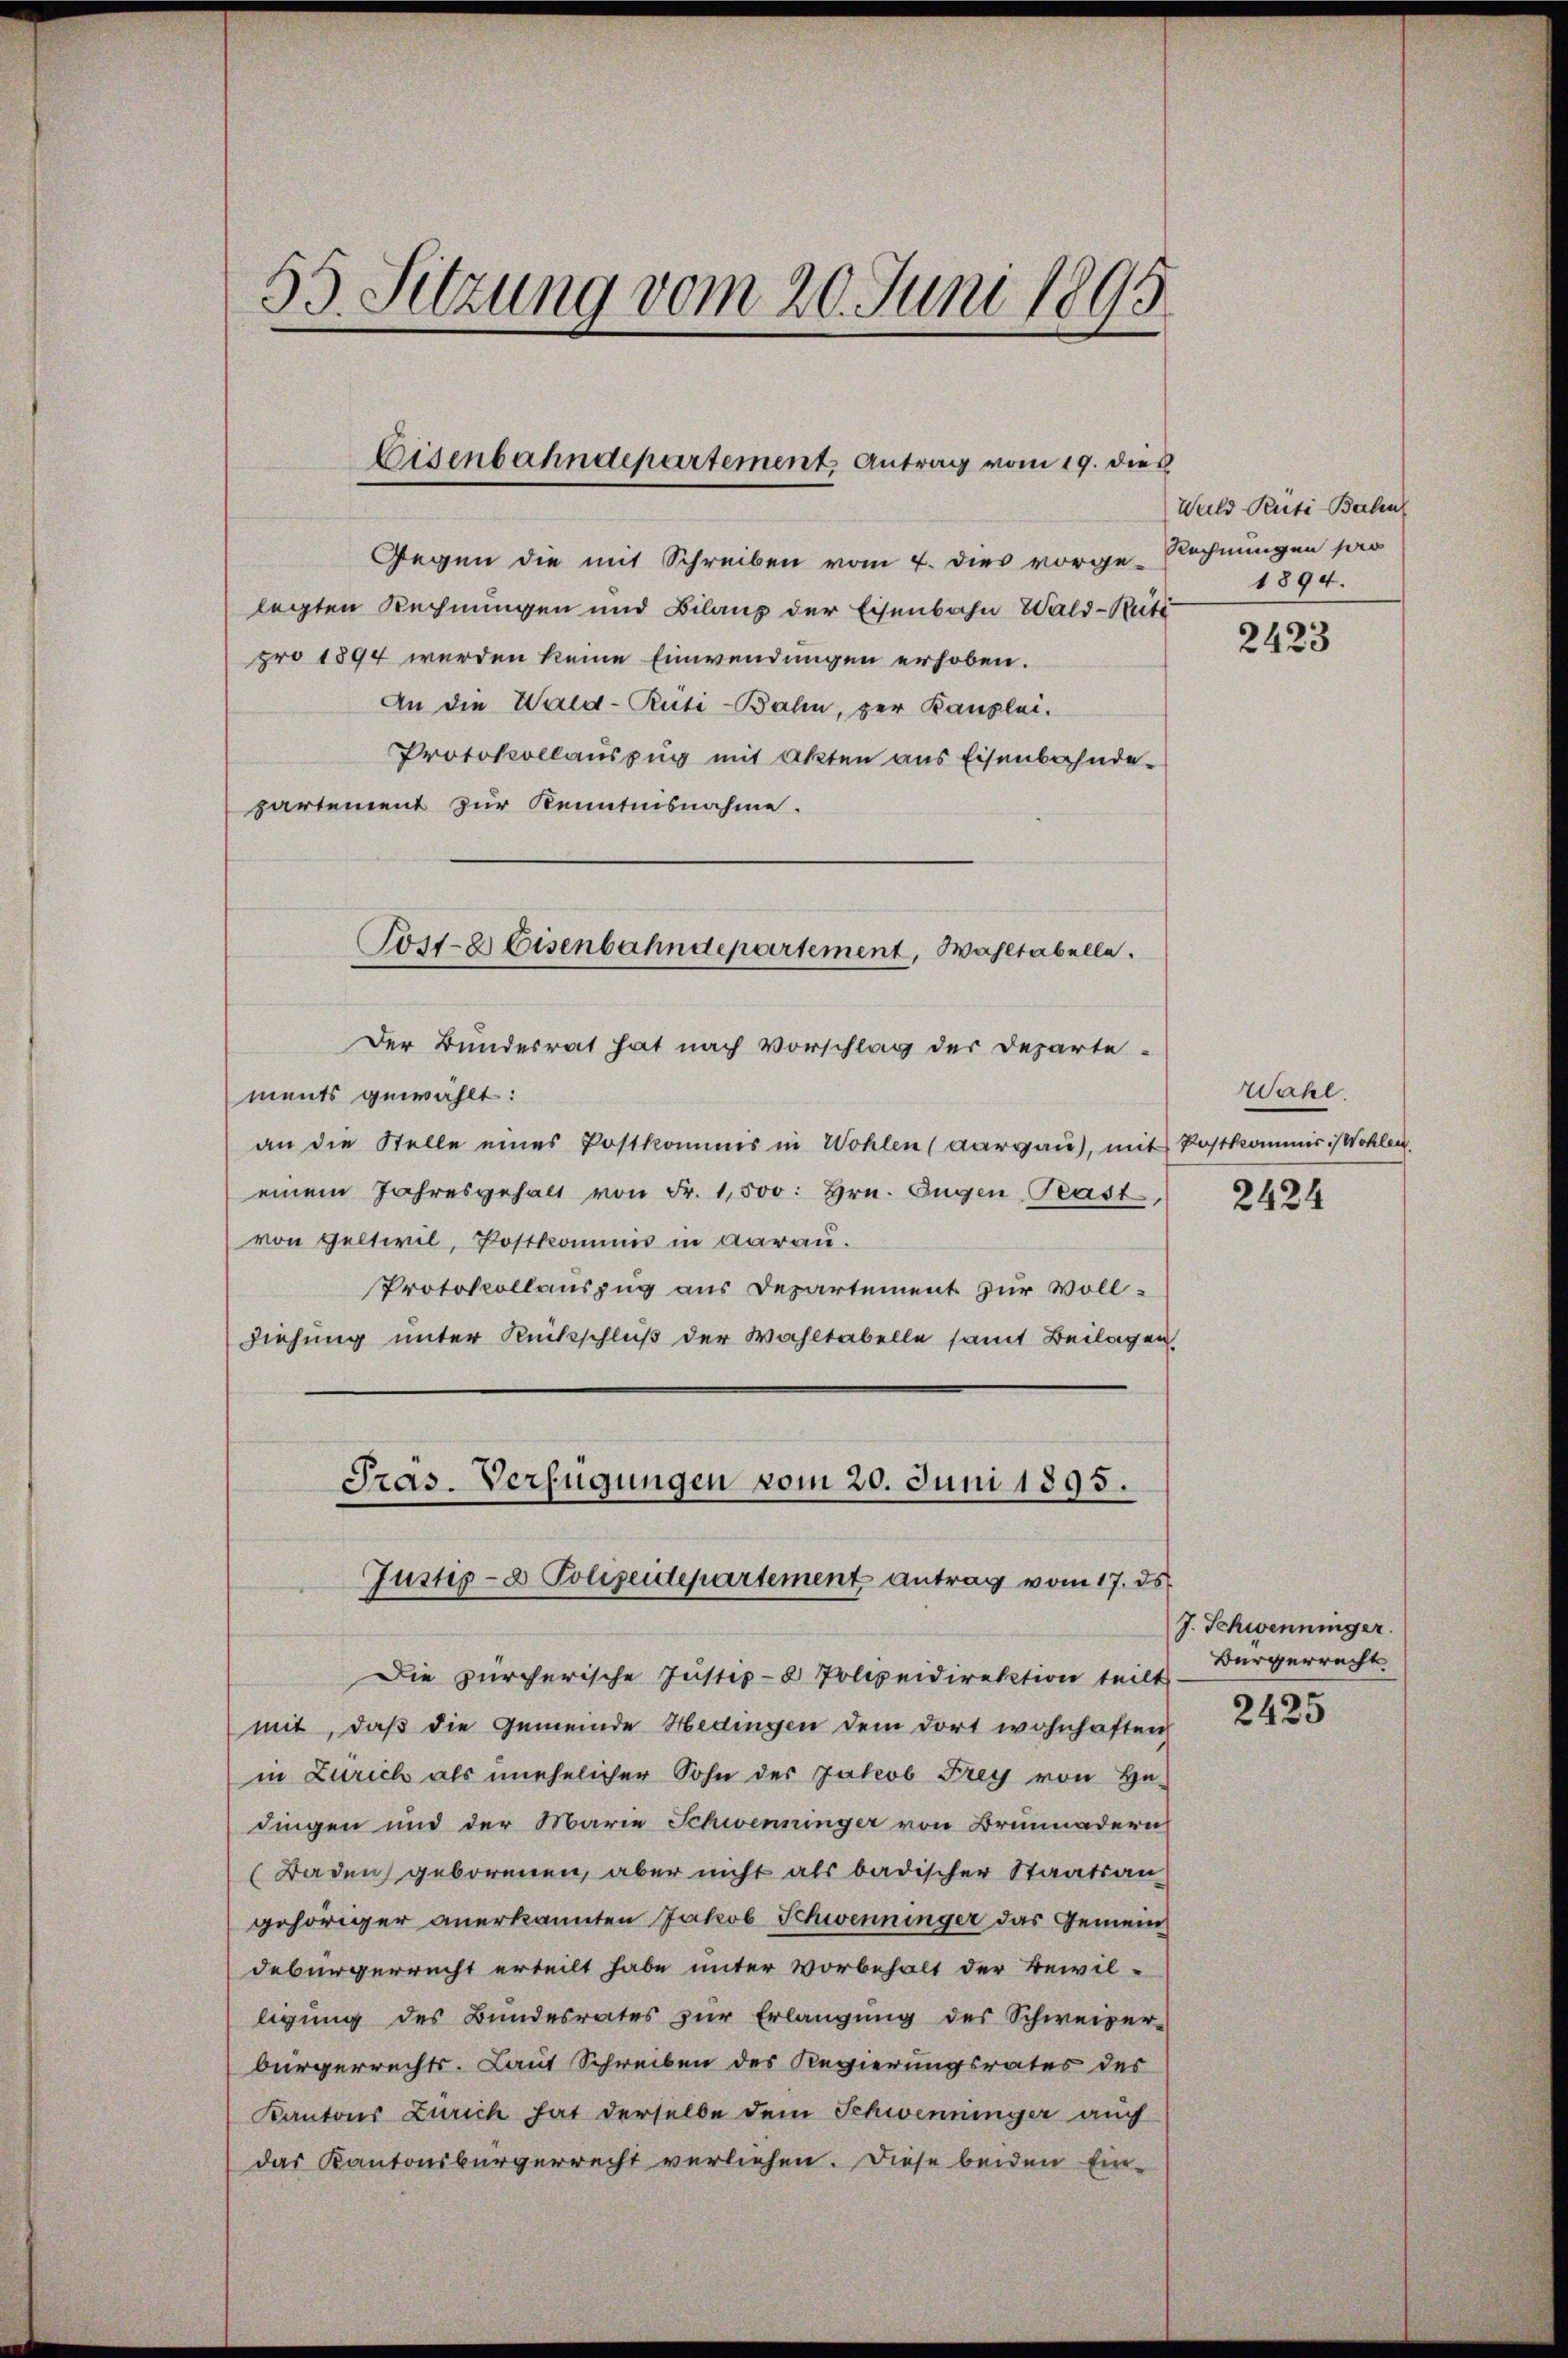
1
55. Sitzung vom 20. Juni 1895

Eisenbahndepartement Antrag vom 19. dies

Gegen die mit Schreiben vom 4. dies vorge-
legten Rechnungen und Bilanz der Eisenbahn Wald-Rett
pro 1894 werden keine Einwendungen erhoben.
An die Wald-Rüti-Bahn, per Kanzlei.
Protokollauszug mit Akten aus Eisenbahnde-
partement zur Kenntnisnahme.
Der Bundesrat hat nach Vorschlag der Departe-
ments gewählt:
an die Stelle eines Postkommis in Wohlen (Aargau), mit Postkommis Wohlen.
einem Jahresgehalt von Fr. 1,500. Hrn. Eugen Teast,
von Geltwil, Postkommis in darau.
Protokollauszug aus Departement zur Voll¬
Ziehung unter Rückschluß der Wahltabelle samt Beilagen

Poste Eisenbahndepartement, Wahltabelle.

Pras-Verfügungen vom 20. Juni 1895.
Justiz- & Polizeidepartement Antrag vom 17. ds.

Die zürcherische Justiz-8 Polizeidirektion teilt
mit, daß die Gemeinde Hedingen dem dort wohnhaften
in Zürich als unehelicher Sohn des Jakob Frey von He
dingen und der Marie Schwenninger von Brunnadern
(Baden geborenen, aber nicht als badischer Staatsan-
gehöriger anerkannten Jakob Schwenninger das Gemeindebürgerrecht erteilt habe unter vorbehalt der Bewil-
ligung des Bundesrates zŭr Erlangung des Schweizer-
bürgerrechts. Laut Schreiben des Regierungsrates des
Kantons Zürich hat derselbe dem Schweininger auf
das Kantonsbürgerrecht verliehen. Diese beiden Ein-

Wald Peti-Bahn
Rechnungen pro
1894.

2423

Wahl.

2424

J. Schwenninger.
Bürgerrecht

2425